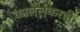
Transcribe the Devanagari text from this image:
कालेलकरही